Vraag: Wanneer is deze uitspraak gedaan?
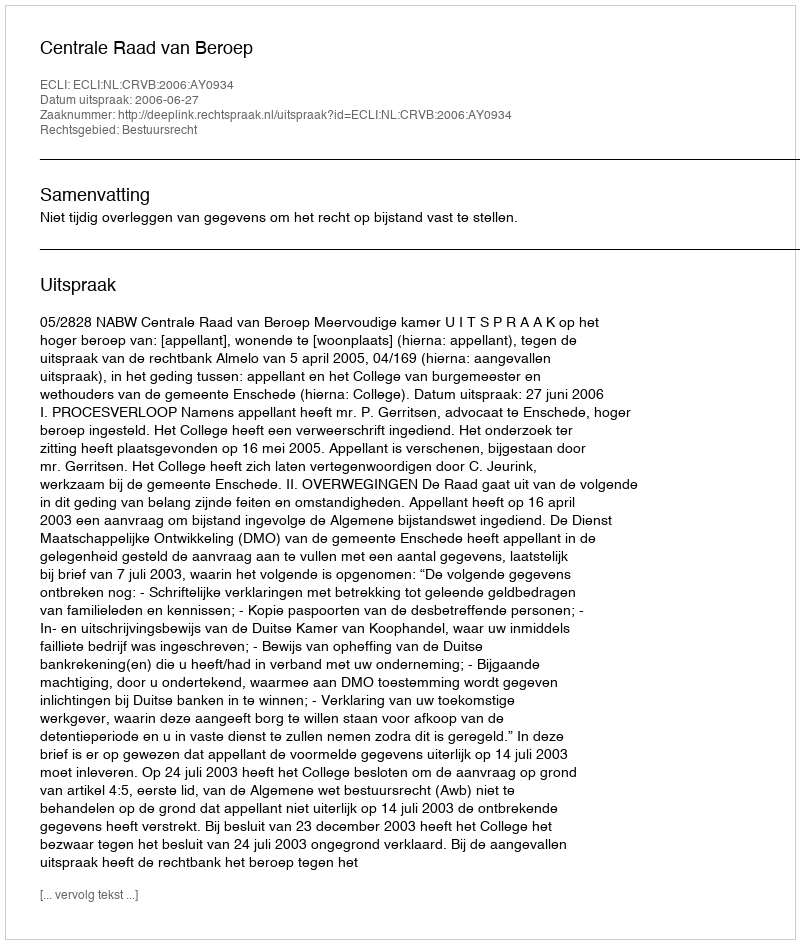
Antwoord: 2006-06-27